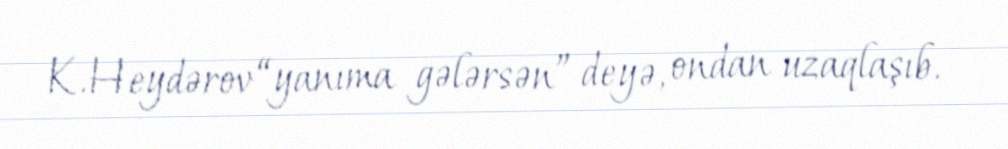
K.Heydərov “yanıma gələrsən” deyə, ondan uzaqlaşıb.